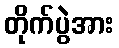
တိုက်ပွဲအား